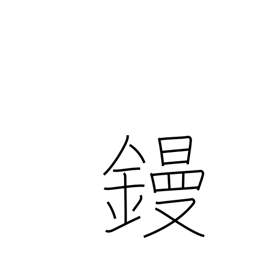
Meaning: flat iron